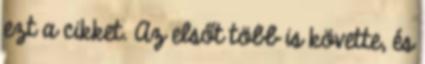
ezt a cikket. Az elsőt több is követte, és